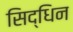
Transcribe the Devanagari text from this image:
सिद्धिन